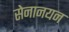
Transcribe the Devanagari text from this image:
सेनानयन